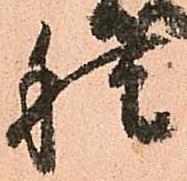
種